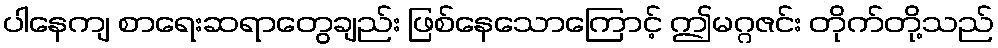
ပါနေကျ စာရေးဆရာတွေချည်း ဖြစ်နေသောကြောင့် ဤမဂ္ဂဇင်း တိုက်တို့သည်